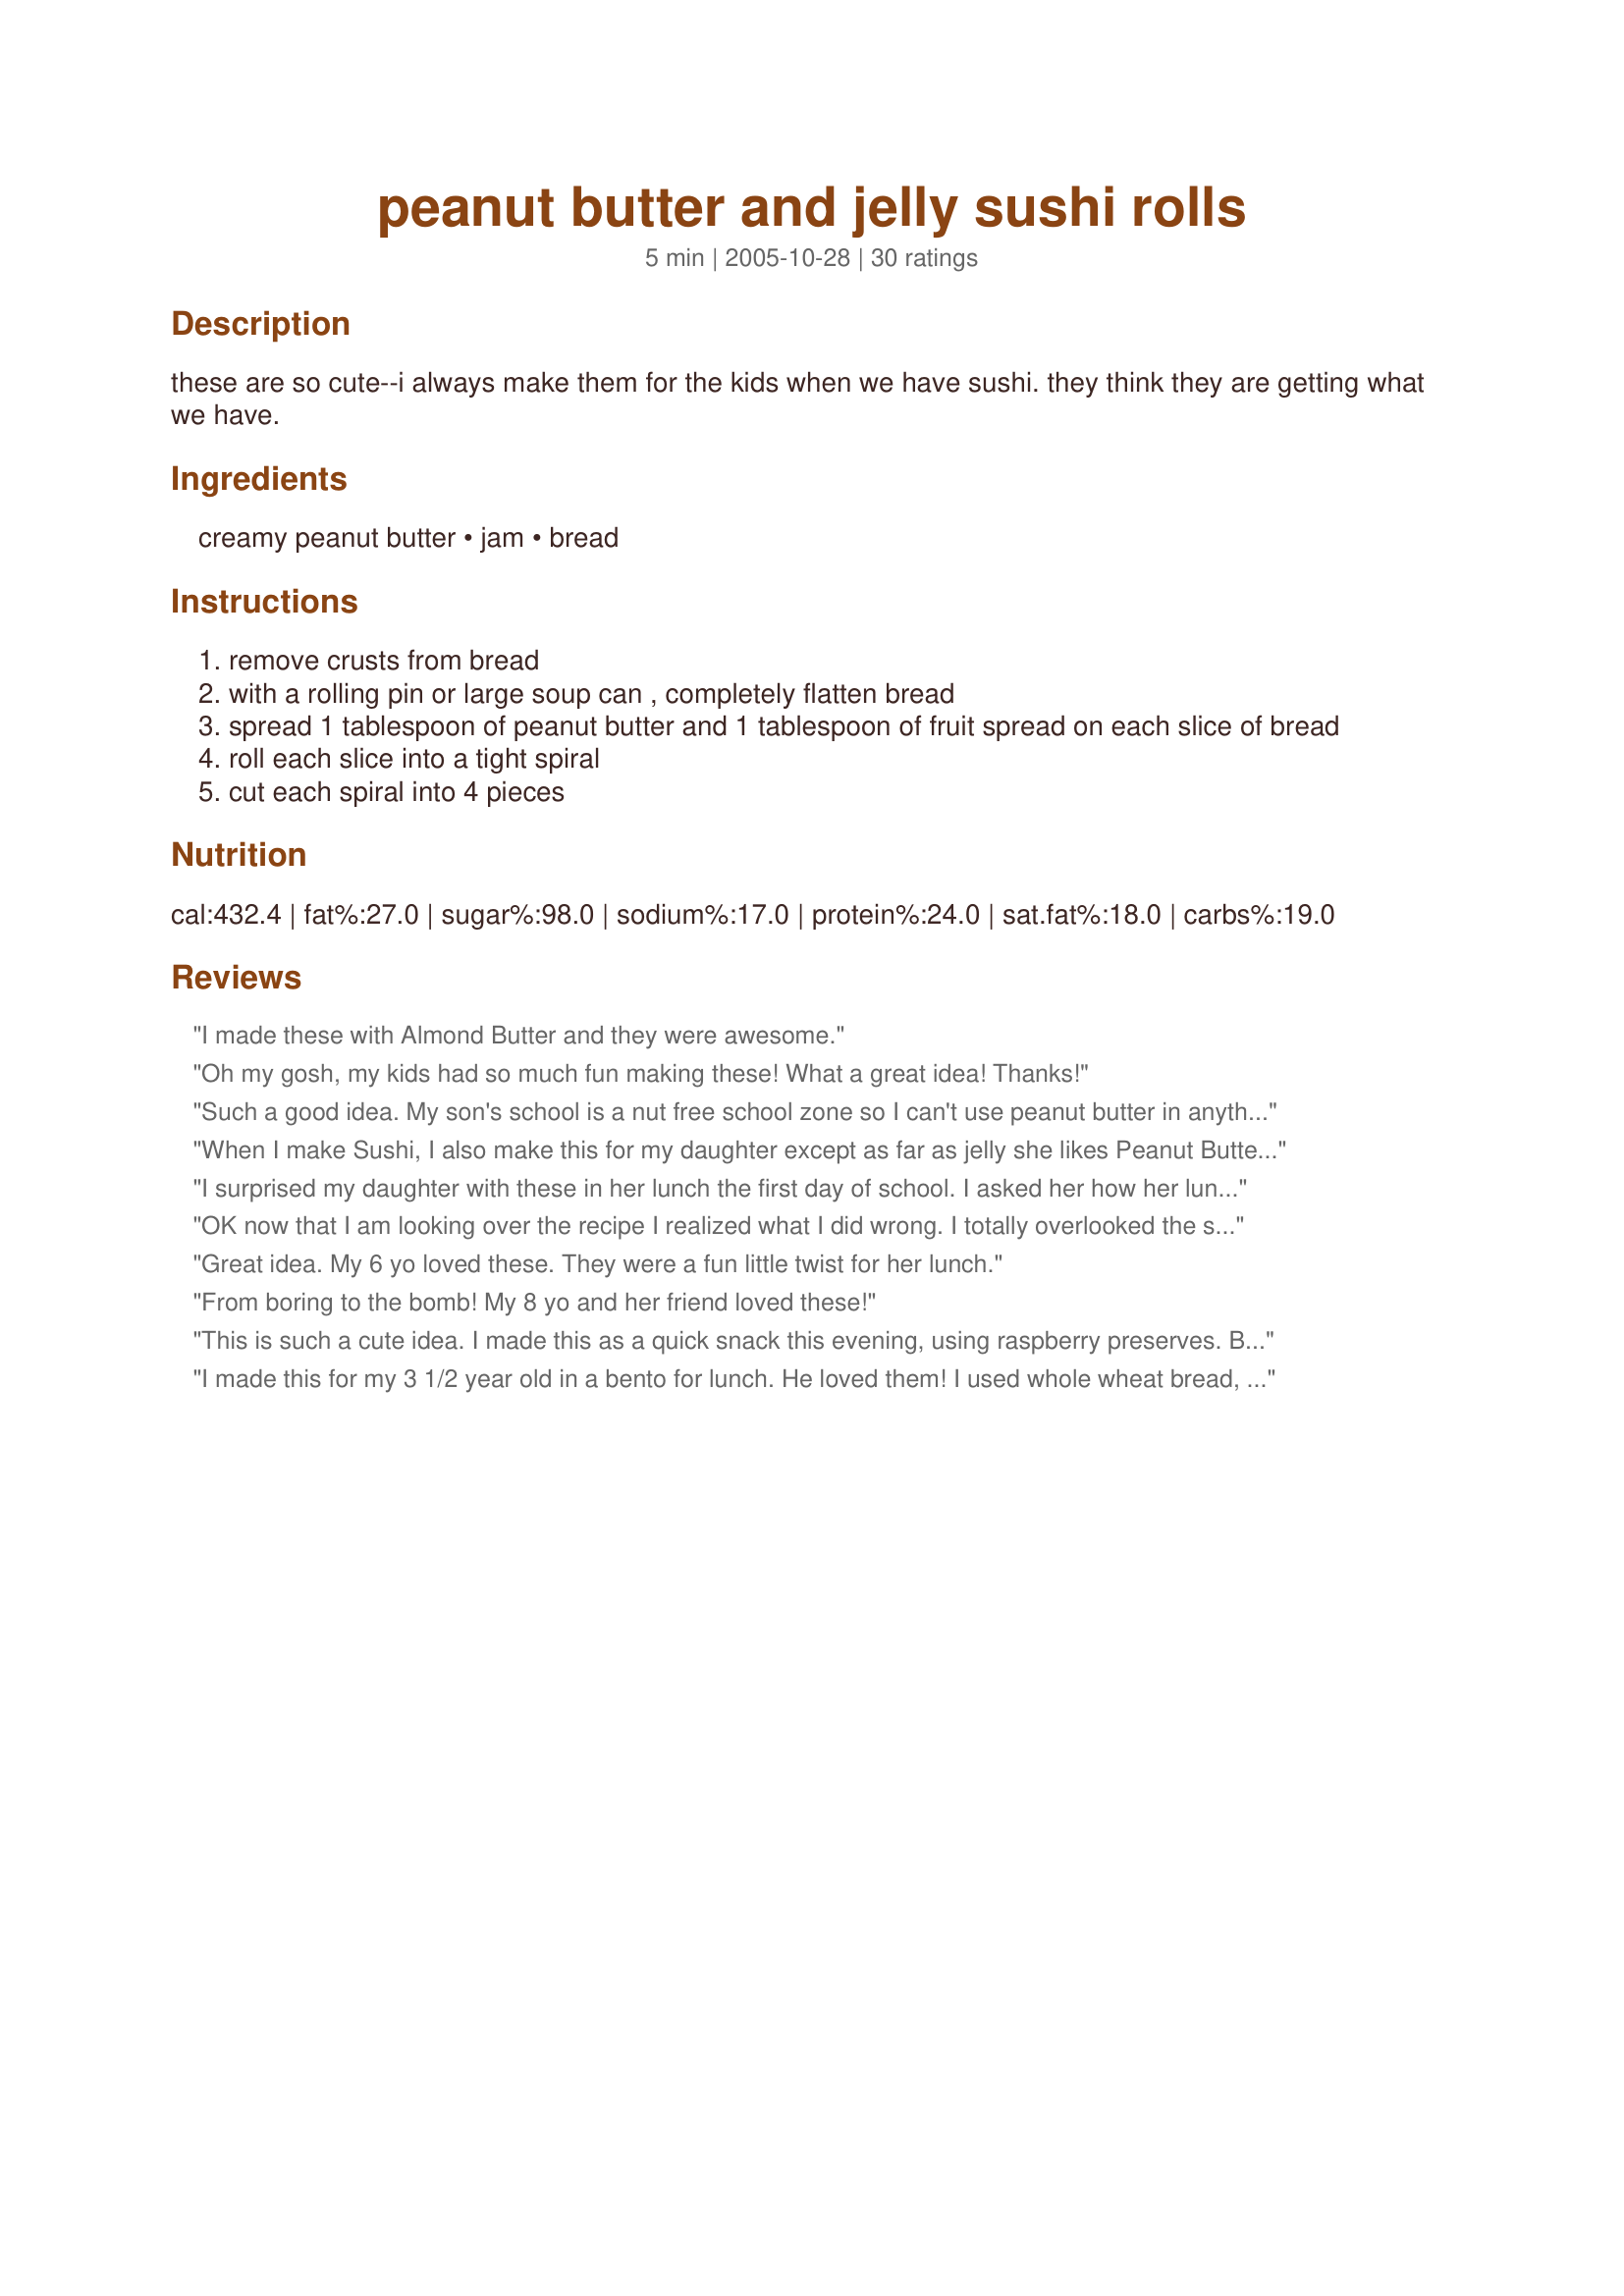
peanut butter and jelly sushi rolls
Preparation time: 5 minutes

these are so cute--i always make them for the kids when we have sushi. they think they are getting what we have.

Ingredients:
creamy peanut butter, jam, bread

Steps:
remove crusts from bread
with a rolling pin or large soup can , completely flatten bread
spread 1 tablespoon of peanut butter and 1 tablespoon of fruit spread on each slice of bread
roll each slice into a tight spiral
cut each spiral into 4 pieces

Reviews:
I made these with Almond Butter and they were awesome.
Oh my gosh, my kids had so much fun making these! What a great idea! Thanks!
Such a good idea. My son's school is a nut free school zone so I can't use peanut butter in anything. I just use strawberry jelly and either thin sliced ham or turkey. He LOVES them. Easy and convenient for packing a lunch too.
When I make Sushi, I also make this for my daughter except as far as jelly she likes Peanut Butter and Fluffer Nutter Sushi Rolls. Although it is a slight deviation from the jelly, the fluff goes a long way !
I surprised my daughter with these in her lunch the first day of school. I asked her how her lunch was and she had the biggest smile on her face!! Said everyone wanted to taste it. What a great way to make PB & J a hit once again. I also do this just lunch meat and cheese. She asked for this all the time now.
OK now that I am looking over the recipe I realized what I did wrong. I totally overlooked the step on flattening the bread first somehow. If you don't do that, they definitely don't roll as nicely or as easily!!! I am going to try again for DD's next party.
Great idea. My 6 yo loved these. They were a fun little twist for her lunch.
From boring to the bomb! My 8 yo and her friend loved these!
This is such a cute idea. I made this as a quick snack this evening, using raspberry preserves. But my rolls didn't turn out looking like any of the pics. I think I rolled my bread too flat which made cutting them a total mess and pain. But I like the idea so I am going to make it again and not roll out the bread that thinly next time. Thanks for posting.
I made this for my 3 1/2 year old in a bento for lunch. He loved them! I used whole wheat bread, creamy peanut butter, and homemade raspberry jam. I found they held together a little better if the last edge rolled up had only peanut butter, no jam. Jam all the way to the last edge was too slippery, and also gooshed out a little.
Saving this for future grandchildren! I can see so many fun variations on this clever theme! P.b./banana, with crushed potato chips for a "crunchy" roll? Cream cheese and sliced grapes? Nutella and raisins?
My 4 and 2 year old love these! So easy and fun for lunches for something different.
My girls start school tomorrow so while they are at the movies with grandma and hubby is doing yardwork, I'm working on school lunches. I tried one to make sure they would like them and yup.. I had to have 2 for lunch! My youngest doesn't like PB&J so I'll make some PB&J, some with fluff and some with nutella. This is a very cute idea! Thanks for sharing.
My 8 year old made this for his after school snack. He LOVED it! He is so excited that he can now make his own sushi and can join me when I get mine! Thank you so much for this!
I always make these for my son! Sometimes we add fillings like fruit (banans work good) - you can freeze these as well, take them out and pack them frozen in the bento/lunch and they will be ready to eat by lunch time!

Also works great with other sandwhich fillings!
Such fun to make and sooo easy!! I used pbj and then some whipped cream cheese and raspberry jam. Made for a very festive presentation. A sure kid-pleaser. Thanks for posting!
I can't believe I never left a review for this! (Sorry) I found this recipe for my 6 yr old DS who is soo picky... He started school this year and he wasn't eating a regular pb&j. (what kid doesn't like pb&j!?) But when I made him these things changed! I can't Thank you enough for posting this recipe!!!!
This is too funny! I'm having an April Fool's bunco theme this month. I'm definitely making these as an appetizer! What a great surprise and I'll try different colored jellies to make it look exotic! Thanks for the great idea!
My kids loved this! I used wheat bread and cherry jam, and they really enjoyed this. I plan to use this for sandwiches for my son's lunch box--it'll change things up a little bit from just boring PB&J sandwiches without much extra work involved. Thanks for posting this cute recipe!
Thanks so much for this! My husband doesn't cook very much, but he loved making this for our daughter as much as she loved eating it!
These were a huge hit for my son's 1st birthday -- the only thing I would say is that they need to be consumed immediately because they get stale pretty quickly. We made two whole loaves of white & wheat bread for 40 ppl and we had less than a dozen total rolls left at the end. I also heated the peanut butter a little bit so make it easy to spread, So good.
Thanks for the idea! PBJ's were getting a little boring to my daughter for lunch. This is the same ingredients with a fun twist. She's looking forward to eating them today. I cut them shorter (3 out of one roll) so I could fit them in a little plastic container and got 6 rolls out of the sandwich. Pam
I've three hungry grandkids and needed something quick and entertaining. This kept me from putting my head in the oven. Thank you!
I do this all the time for my kids - it's so much cleaner than having them take bites of a sandwich! This also works for nutella or tuna salad (if you mush it into a kind of paste first). I cut it into 8 thin slices for my youngest, but leave as-is for my 2 1/2 year old.
This recipe was great for my 4yr old dd. She isn't a sushi eater til I introduced this recipe. The only thing I did different is added a sliced banana. Thanks!
I love this! A new twist on an old favorite, and the small size makes this super portable and great snacking! I just had a slice, now I want more!
My mom used to make these when we were younger! Only we used butter as filling, or ham... you can actually use any filling, except for the "'messy" ones like chicken salad, tuna salad and egg salad, etc.<br/><br/>Thanks for posting this. Revived some childhood memories. :-)
LOVE LOVE LOVE it. Made for my 7 year olds lunch. She was so excited. Put the whole rolls in the fridge overnight and sliced in the morning. They were much easier to slice cold. Next time will make extra cause my daughter's friends all wanted a taste. :-) Would be super cute for a party or pot luck with kids.
These are so good and so much fun. Some tips i have are: Microwave the peanut butter to make it easier to spread. Stir the jelly to make it not one big chunck. Only put jelly on a little over the bottom half of the slice. Leave the last edge to be rolled only with peanut butter. After you finish rolling it up roll your hand back and forth to seal the roll. Put in freezer to harden rolls to make it easier to cut slices. Wipe knife with wet and dry towel after each roll. These were fun to make and everyone got a kick out of them. Yummy!
My 5 year old son loves it when I make these. He thinks he is a big boy with his own sushi. It's quite easy to make.
